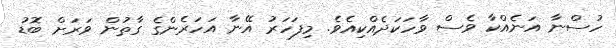
ހުސްނާ އަނެއްކާ ވެސް ވާހަކަދެއްކިއެވެ. މިފަހަރު އޭނާ އަހަރެންގެ ގާތުން ވަރަށް ބޮޑު